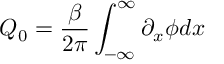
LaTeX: Q _ { 0 } = \frac { \beta } { 2 \pi } \int _ { - \infty } ^ { \infty } \partial _ { x } \phi d x